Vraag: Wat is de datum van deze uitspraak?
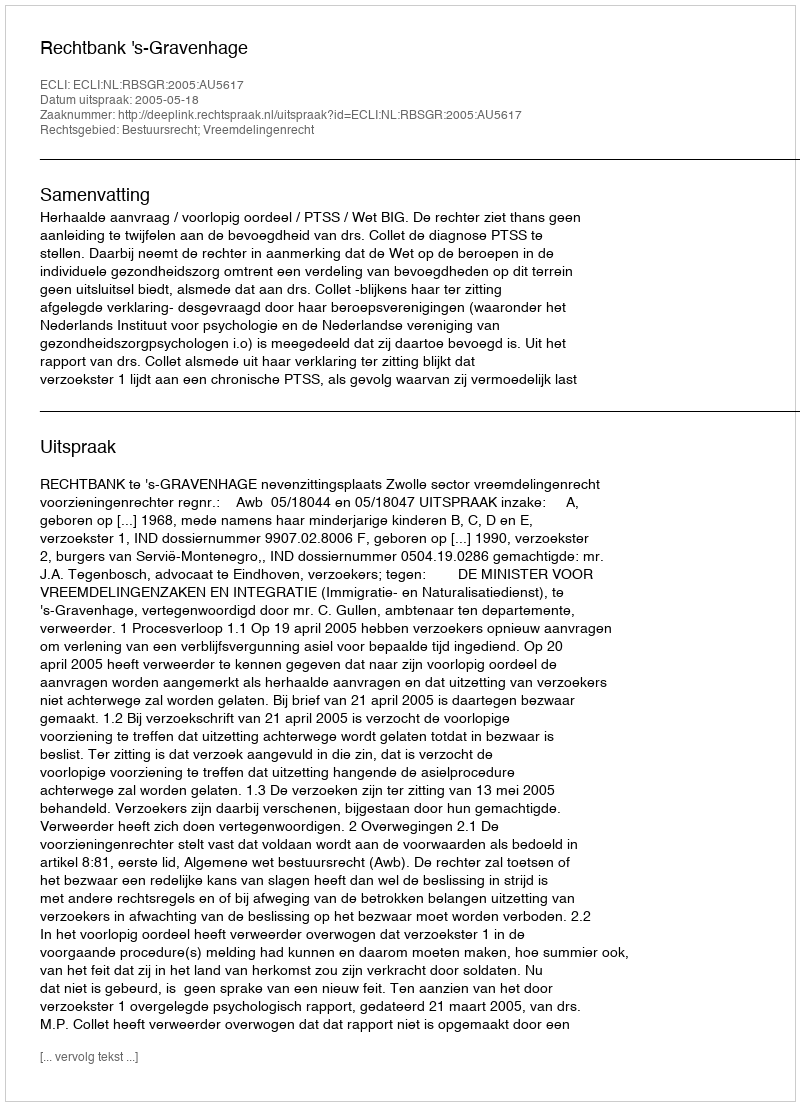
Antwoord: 2005-05-18